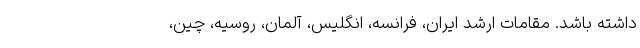
داشته باشد. مقامات ارشد ایران، فرانسه، انگلیس، آلمان، روسیه، چین،